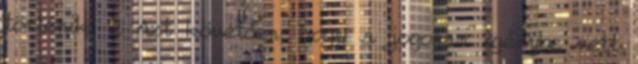
történik. 2 Azt követően, hogy a jogosan igénybe vett